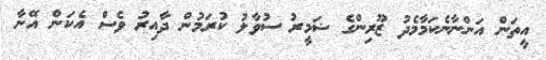
އީތަން އަންނާނެކަމާމެދު ޒޫރިންގެ ޟަމީރު ސުވާލު ކުރަމުން ދާއިރު ވެސް އެކަން އޭނާ